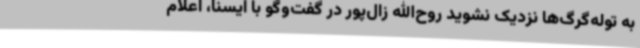
به توله‌گرگ‌ها نزدیک نشوید روح‌الله زال‌پور در گفت‌وگو با ایسنا، اعلام